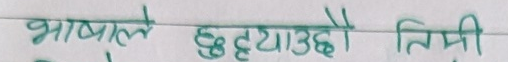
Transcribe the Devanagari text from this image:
भाषाले छुट्याउछौ तिमी